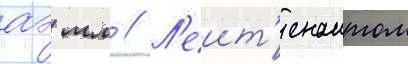
аэ мл // Л'еит'енантом